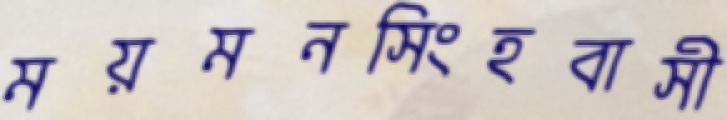
ময়মনসিংহবাসী